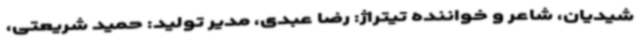
شیدیان، شاعر و خواننده تیتراژ: رضا عبدی، مدیر تولید: حمید شریعتی،